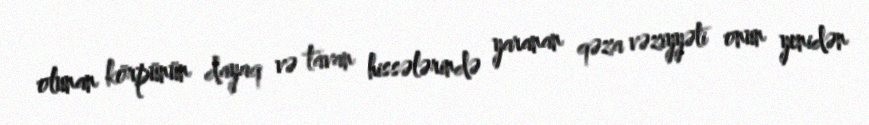
olunan körpünün dayaq və tavan hissələrində yaranan qəza vəziyyəti onun yenidən